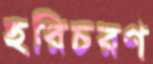
হরিচরণ